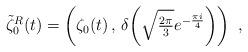
LaTeX: \begin{align*} \tilde{\zeta}_0^R(t) = \left( \zeta_0(t)\,,\, \delta\!\left( \sqrt{\tfrac{2\pi}{3}}e^{-\frac{\pi i}{4}} \right) \right) \ ,\end{align*}